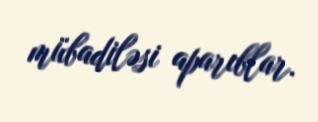
mübadiləsi aparıblar.